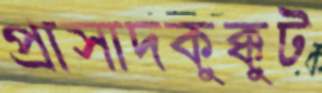
প্রাসাদকুক্কুট